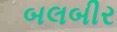
બલબીર